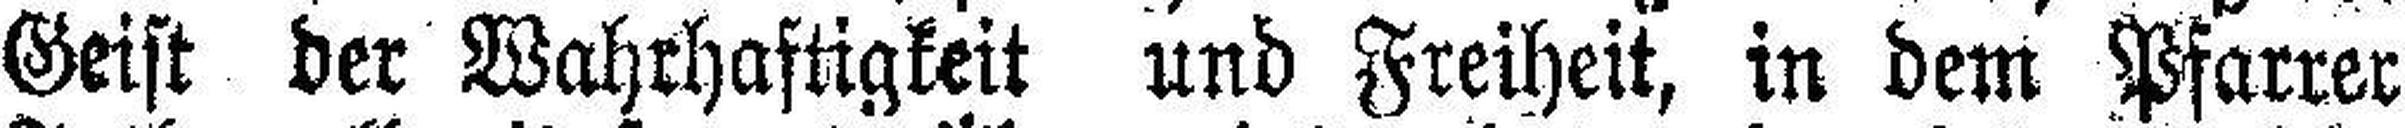
Geist der Wahrhaftigkeit und Freiheit, in dem Pfarrer